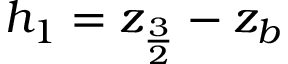
h _ { 1 } = z _ { \frac { 3 } { 2 } } - z _ { b }